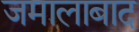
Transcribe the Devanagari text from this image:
जमालाबाद